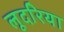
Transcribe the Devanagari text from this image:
लूदरिया